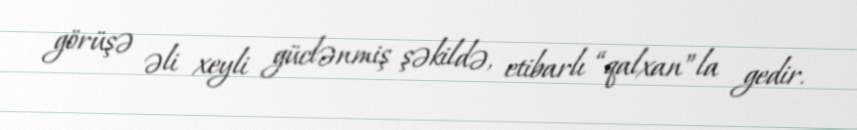
görüşə əli xeyli güclənmiş şəkildə, etibarlı “qalxan”la gedir.